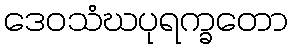
ဒေဝသံဃပုရက္ခတော